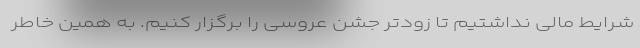
شرایط مالی نداشتیم تا زودتر جشن عروسی را برگزار کنیم. به همین خاطر